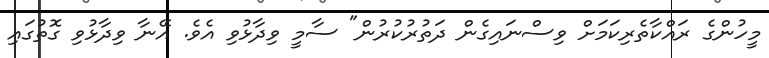
މީހުންގެ ރައްކާތެރިކަމަށް ވިސްނައިގެން ދަތުރުކުރުން" ސާމީ ވިދާޅުވި އެވެ. އޭނާ ވިދާޅުވި ގޮތުގައި